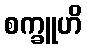
စက္ခူဟိ